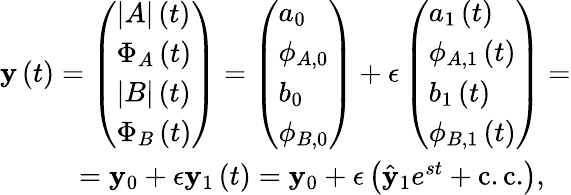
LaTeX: \begin{array}{r}{\mathbf{y}\left(t\right)=\left(\begin{array}{l}{|A|\left(t\right)}\\ {\Phi_{A}\left(t\right)}\\ {|B|\left(t\right)}\\ {\Phi_{B}\left(t\right)}\end{array}\right)=\left(\begin{array}{l}{a_{0}}\\ {\phi_{A,0}}\\ {b_{0}}\\ {\phi_{B,0}}\end{array}\right)+\epsilon\left(\begin{array}{l}{a_{1}\left(t\right)}\\ {\phi_{A,1}\left(t\right)}\\ {b_{1}\left(t\right)}\\ {\phi_{B,1}\left(t\right)}\end{array}\right)=}\\ {=\mathbf{y}_{0}+\epsilon\mathbf{y}_{1}\left(t\right)=\mathbf{y}_{0}+\epsilon\left(\hat{\mathbf{y}}_{1}e^{st}+\mathrm{c.c.}\right),\ \ \ }\end{array}